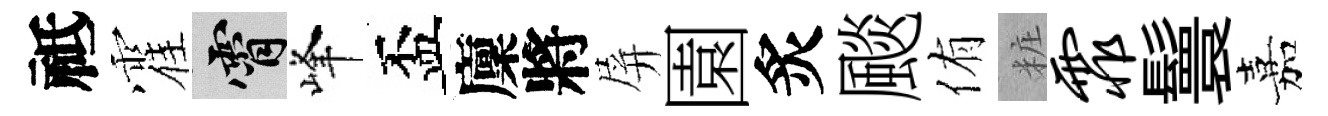
祗霍霄峰盃廩將屏園炙颷侑粧霏鬟嘉